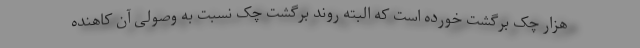
هزار چک برگشت خورده است که البته روند برگشت چک نسبت به وصولی آن کاهنده